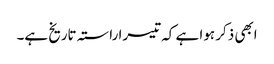
ابھی ذکر ہوا ہے کہ تیسرا راستہ تاریخ ہے۔